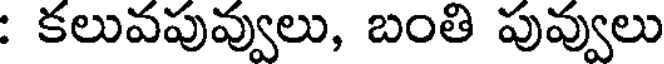
: కలువపువ్వులు, బంతి పువ్వులు